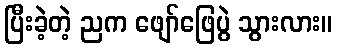
ပြီးခဲ့တဲ့ ညက ဖျော်ဖြေပွဲ သွားလား။